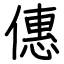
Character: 僡